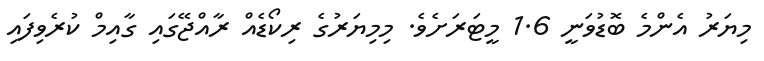
މިޔަރު އެންމެ ބޮޑުވަނީ 1.6 މީޓަރަށެވެ. މިމިޔަރުގެ ރިކޯޑެއް ރާއްޖޭގައި ގާއިމް ކުރެވިފައި